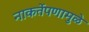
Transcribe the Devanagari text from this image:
नाकर्तेपणामुळे